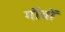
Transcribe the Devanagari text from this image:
गौवों